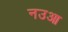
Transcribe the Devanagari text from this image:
नउआ